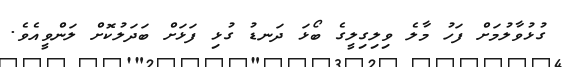
ގުޅުވާލުމަށް ފަހު މާލެ ވިލިގިލީގެ ބޯޅަ ދަނޑު ގުޅި ފަޅަށް ބަދަލުކޮށް ލަންވީއެވެ.